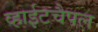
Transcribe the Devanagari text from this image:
व्हाईटचैपल